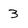
Character: 3